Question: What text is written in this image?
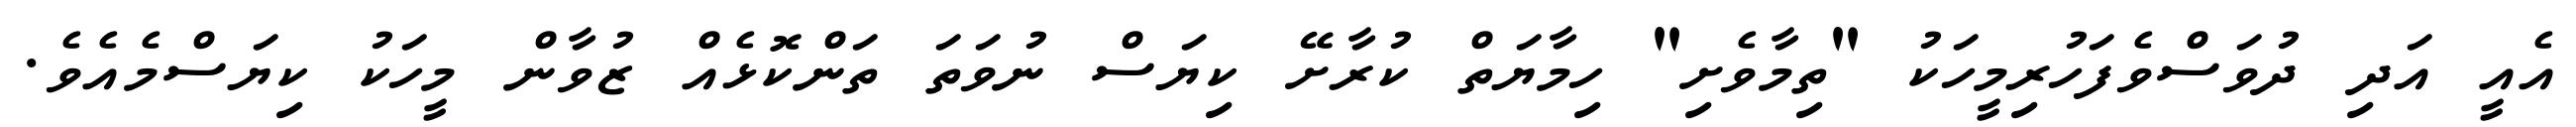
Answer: އެއީ އަދި ދުވަސްވެފަހުރިމީހަކު "ތިމާވެށި" ހިމާޔަތް ކުރާށޭ ކިޔަސް ނުވަތަ ތަންކޮޅެއް ޒުވާން މީހަކު ކިޔަސްމެއެވެ.